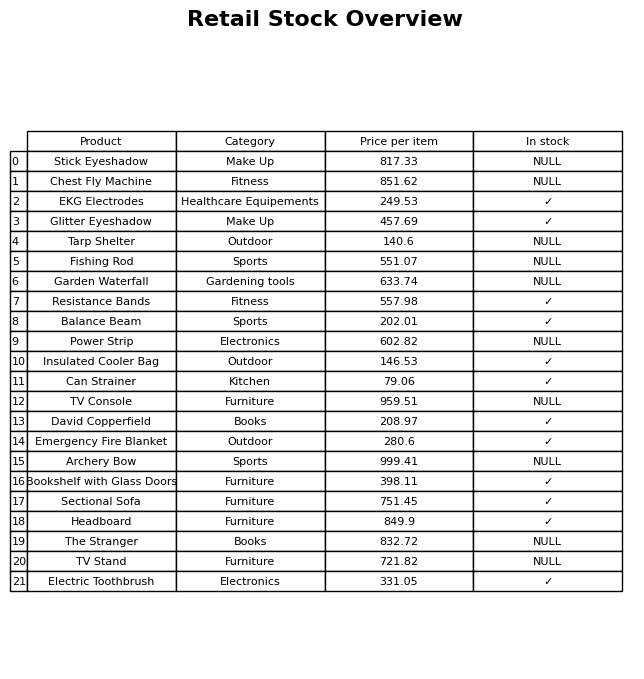
question: What is the stock status of the TV Console?
answer: NULL